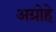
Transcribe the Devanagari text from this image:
अग्रोहे